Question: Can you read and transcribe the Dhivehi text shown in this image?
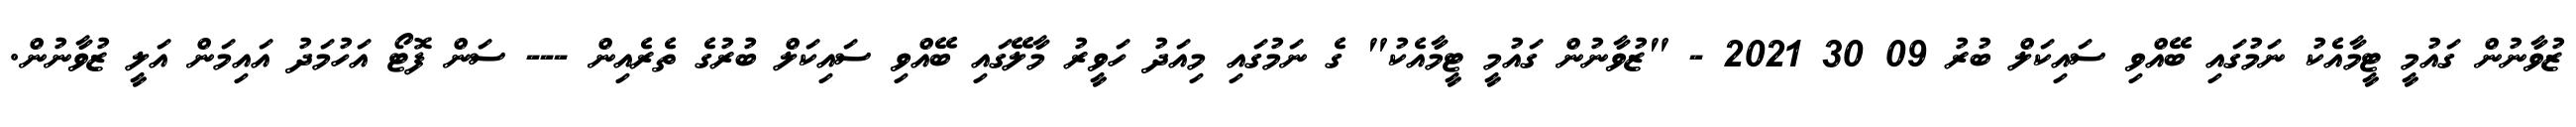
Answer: ޒުވާނުން ގައުމީ ޓީމާއެކު ނަމުގައި ބޭއްވި ސައިކަލް ބުރު 09 30 2021 - "ޒުވާނުން ގައުމީ ޓީމާއެކު" ގެ ނަމުގައި މިއަދު ހަވީރު މާލޭގައި ބޭއްވި ސައިކަލް ބުރުގެ ތެރެއިން --- ސަން ފޮޓޯ އަހުމަދު އައިމަން އަލީ ޒުވާނުން.